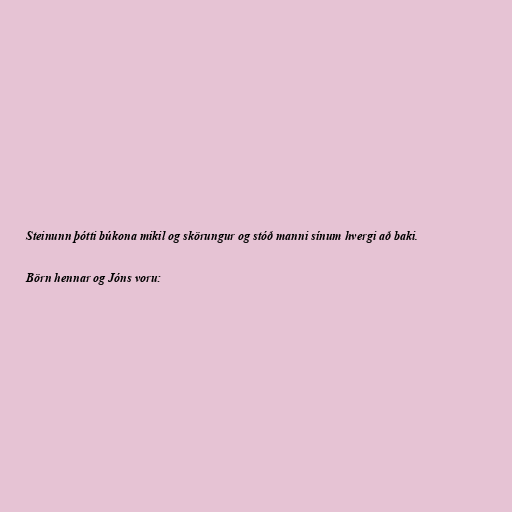
Steinunn þótti búkona mikil og skörungur og stóð manni sínum hvergi að baki.

Börn hennar og Jóns voru: